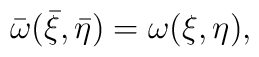
\bar{\omega}(\bar{\xi} , \bar{\eta})=\omega(\xi,\eta),